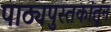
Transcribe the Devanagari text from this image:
पाठ्यपुस्तकांतून